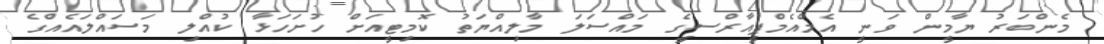
މެންބަރު ޔާމީން ވަނީ އެމްއެމްޕީއާރްސީގެ މައްސަލަ މާލިއްޔަތު ކޮމިޓީއަށް ހުށަހަޅާ ކުއްލި މަސައްލައެއްގެ